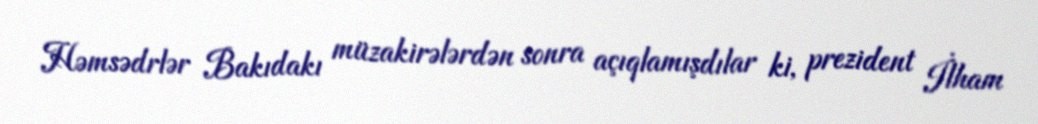
Həmsədrlər Bakıdakı müzakirələrdən sonra açıqlamışdılar ki, prezident İlham